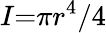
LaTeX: I{=}{\pi r^{4}}/{4}